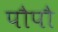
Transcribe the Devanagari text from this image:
पौपौ